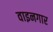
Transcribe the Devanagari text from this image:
वाइनगार